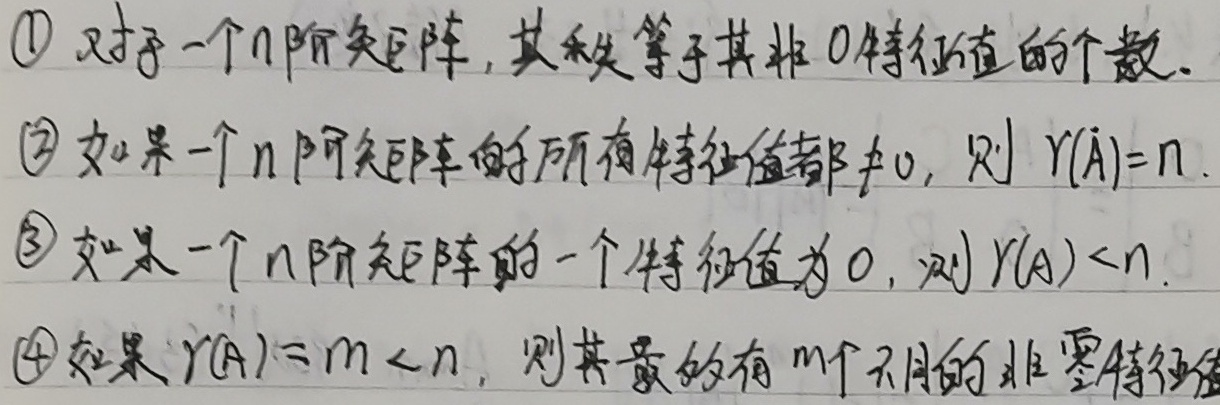
\(\textcircled{1}\) 对于一个\(n\)阶矩阵，其秩等于其非\(0\)特征值的个数。
\(\textcircled{2}\) 如果一个\(n\)阶矩阵的所有特征值都\(\neq0\)，则\(r(A)=n\)。
\(\textcircled{3}\) 如果一个\(n\)阶矩阵的一个特征值为\(0\)，则\(r(A)<n\)。
\(\textcircled{4}\) 如果\(r(A)=m < n\)，则其最多有\(m\)个不同的非零特征值。